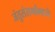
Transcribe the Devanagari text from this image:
जंतुसंसर्गांमध्ये